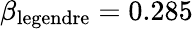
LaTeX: \beta_{\mathrm{legendre}}=0.285